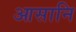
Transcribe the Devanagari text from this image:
आसानि